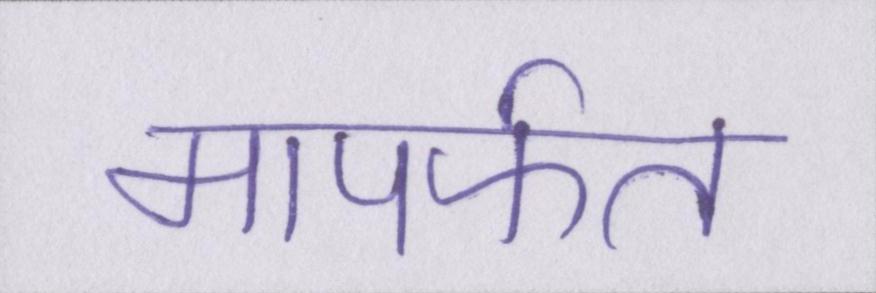
मापर्फत